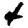
Digit: 4